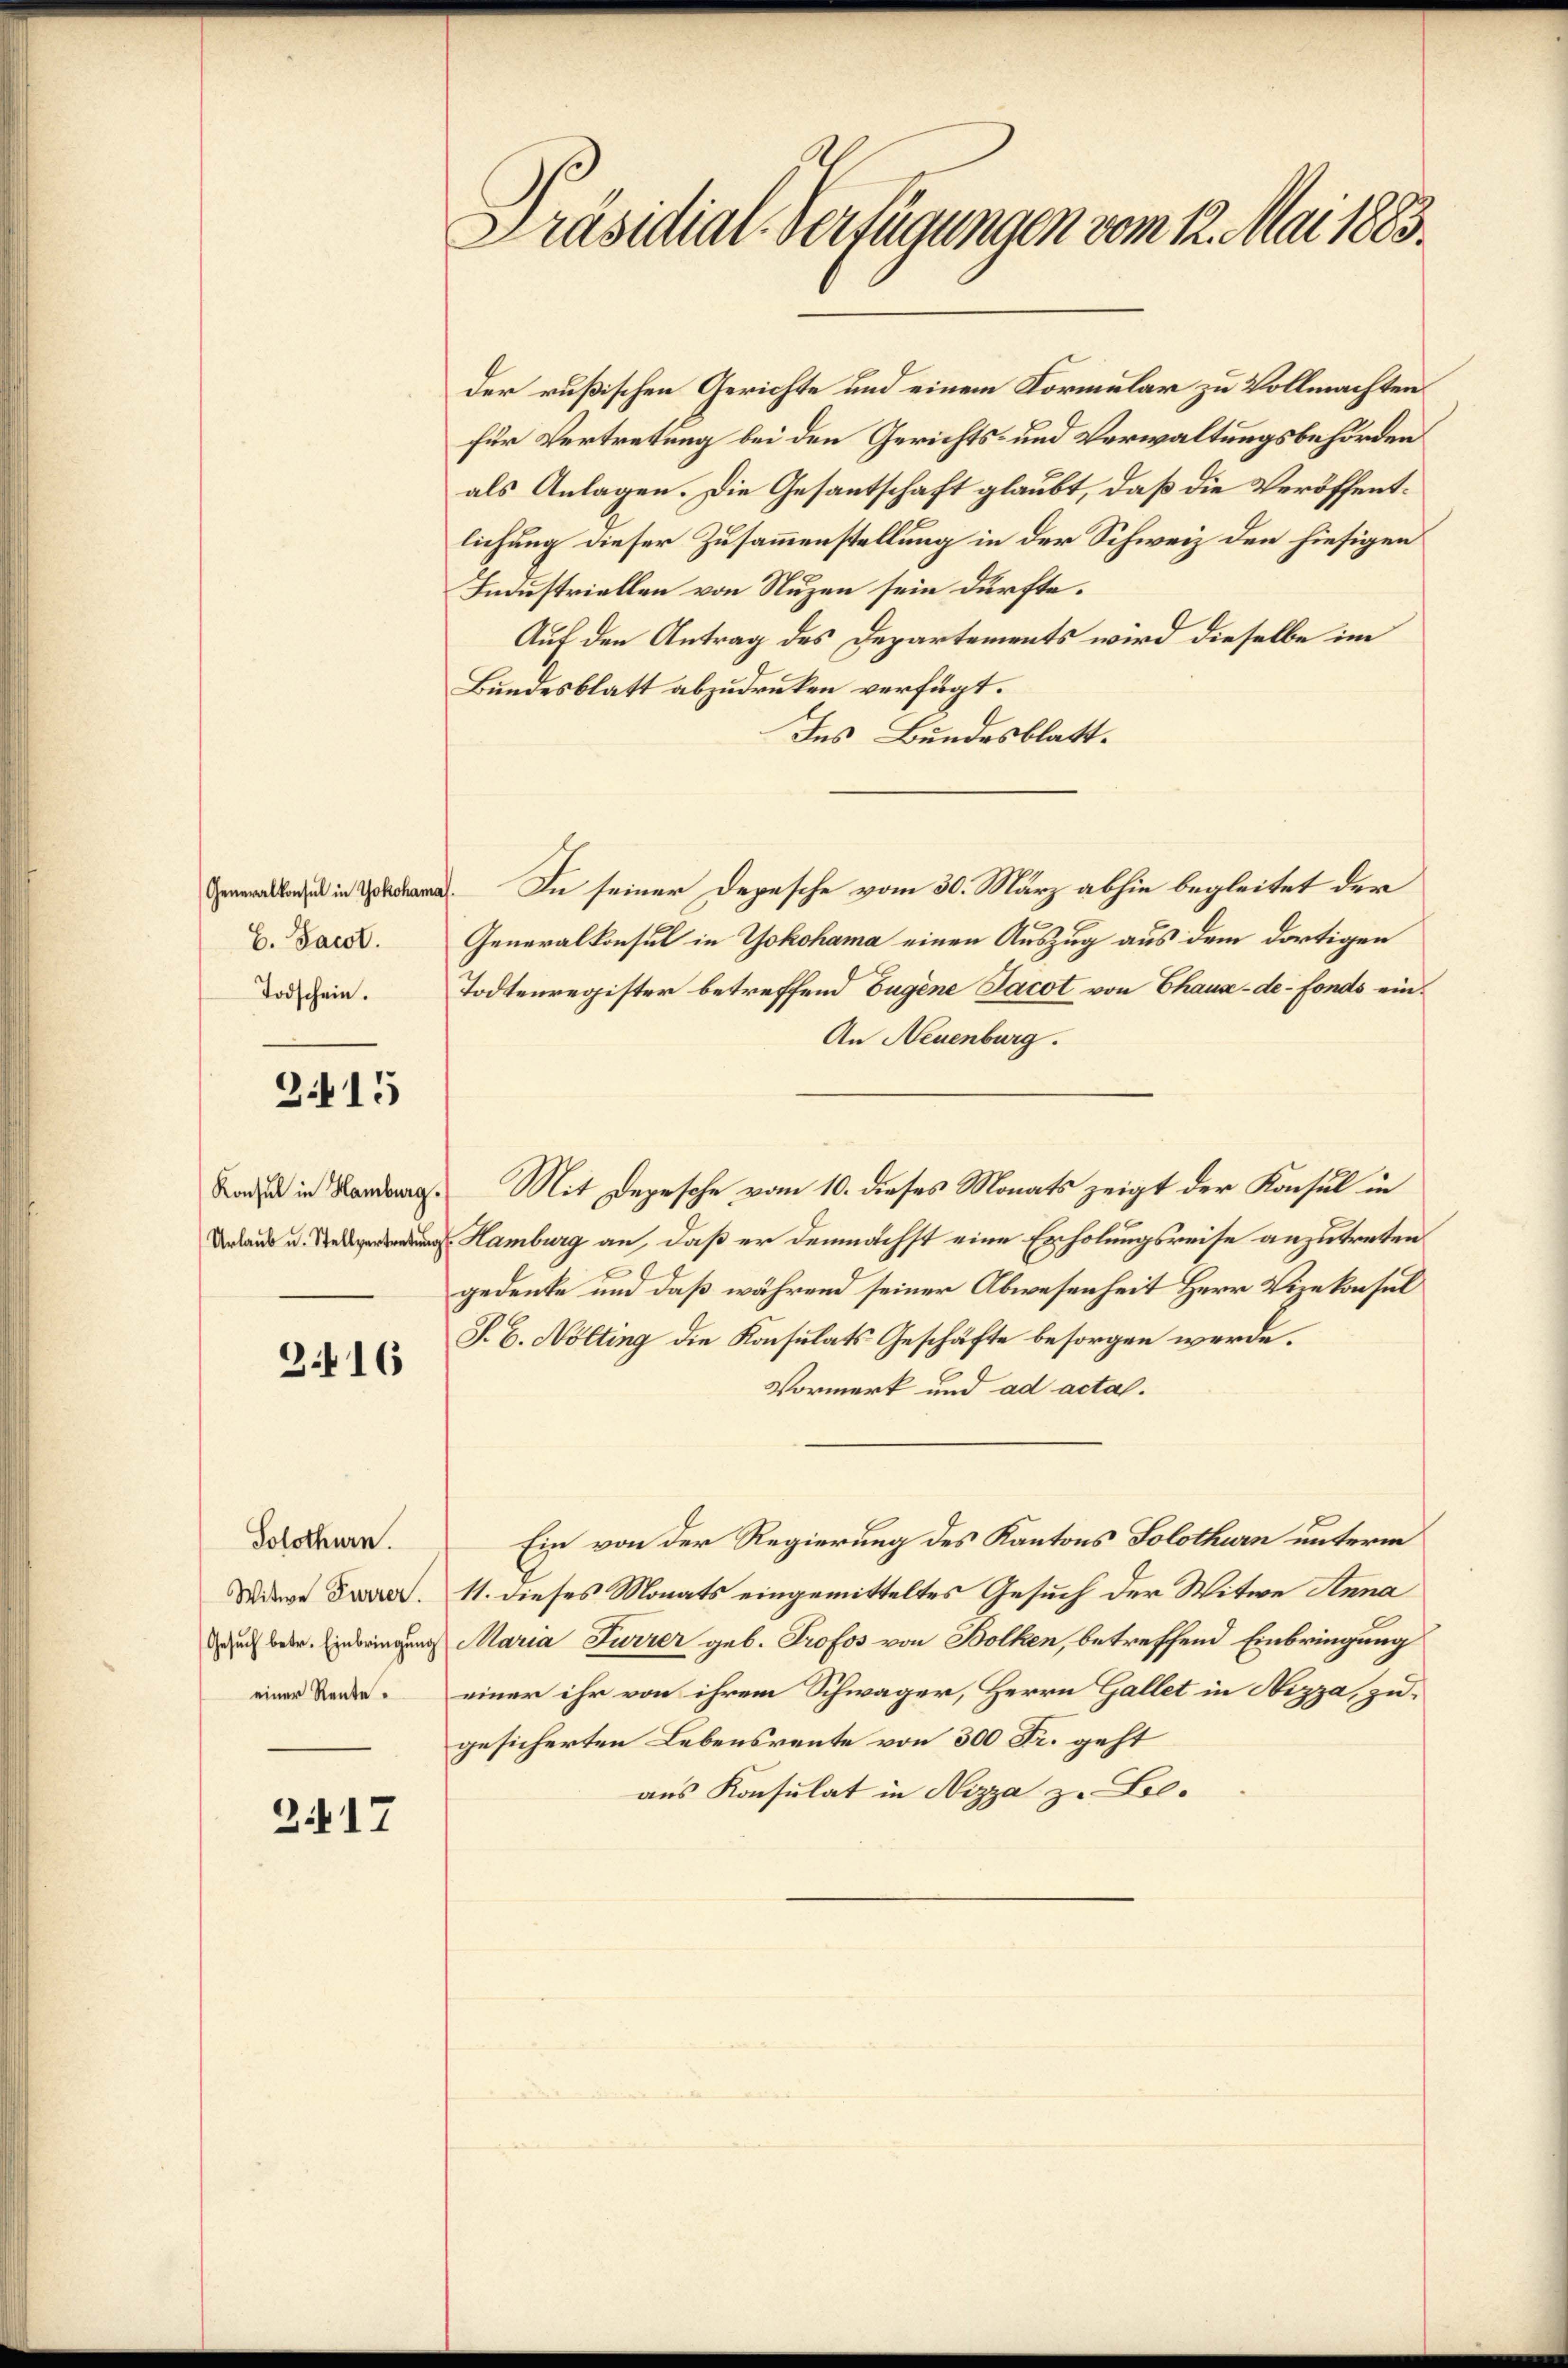
B. Jacot.
Todschein.

215

Konsul in Hamburg.

3416

Solothurn.
Witwe Furrer.
Gesuch betr. Einbringung
einer Rente.

217

Präsidial-Verfügungen vom 12. Mai 1883.

der rußischen Gerichte und einem Kormular zu Vollmachten
für Vertretung bei den Gerichts- und Verwaltungsbehörden
als Anlagen. Die Gesantschaft glaubt, daß die Veröffentlichung dieser Zusammenstellung in der Schweiz den hiesigen
Industriellen von Nuzen sein dürfte.
Auf den Antrag des Departements wird dieselbe im
Bundesblatt abzudruken verfügt:
Ins Bundesblatt.
i. In seiner Depesche vom 30. März abhin begleitet der
Generalkonsul in Yokohama einen Auszug aus dem dortigen
Todtenregister betreffend Eugene Jacot von Chaux-de-Fonds ein¬
An Neuenburg.
Mit Depesche vom 10. dieses Monats zeigt der Konsul in
 Hamburg an, daß er demnächst eine Erholungsreise anzutreten
gedenke und daß während seiner Abwesenheit Herr Vizekonsul
J. C. Nölting die Konsulats Geschäfte besorgen werde.
Vormerk und ad acta.
Ein von der Regierung des Kantons Solothurn unterm
11. dieses Monats eingemitteltes Gesuch der Witwe Anna
Maria Furrer geb. Profes von Bolken, betreffend Einbringung
einer ihr von ihrem Schwager, Herrn Gallet in Nizza, zugesicherten Lebensrente von 300 Fr. geht
aus Konsulat in Nizza zu Le¬